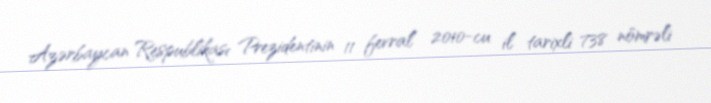
Azərbaycan Respublikası Prezidentinin 11 fevral 2010-cu il tarixli 738 nömrəli